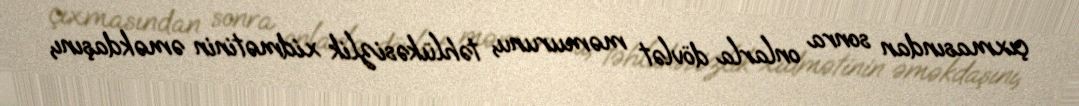
çıxmasından sonra onlarla dövlət məmurunu, təhlükəsizlik xidmətinin əməkdaşını,